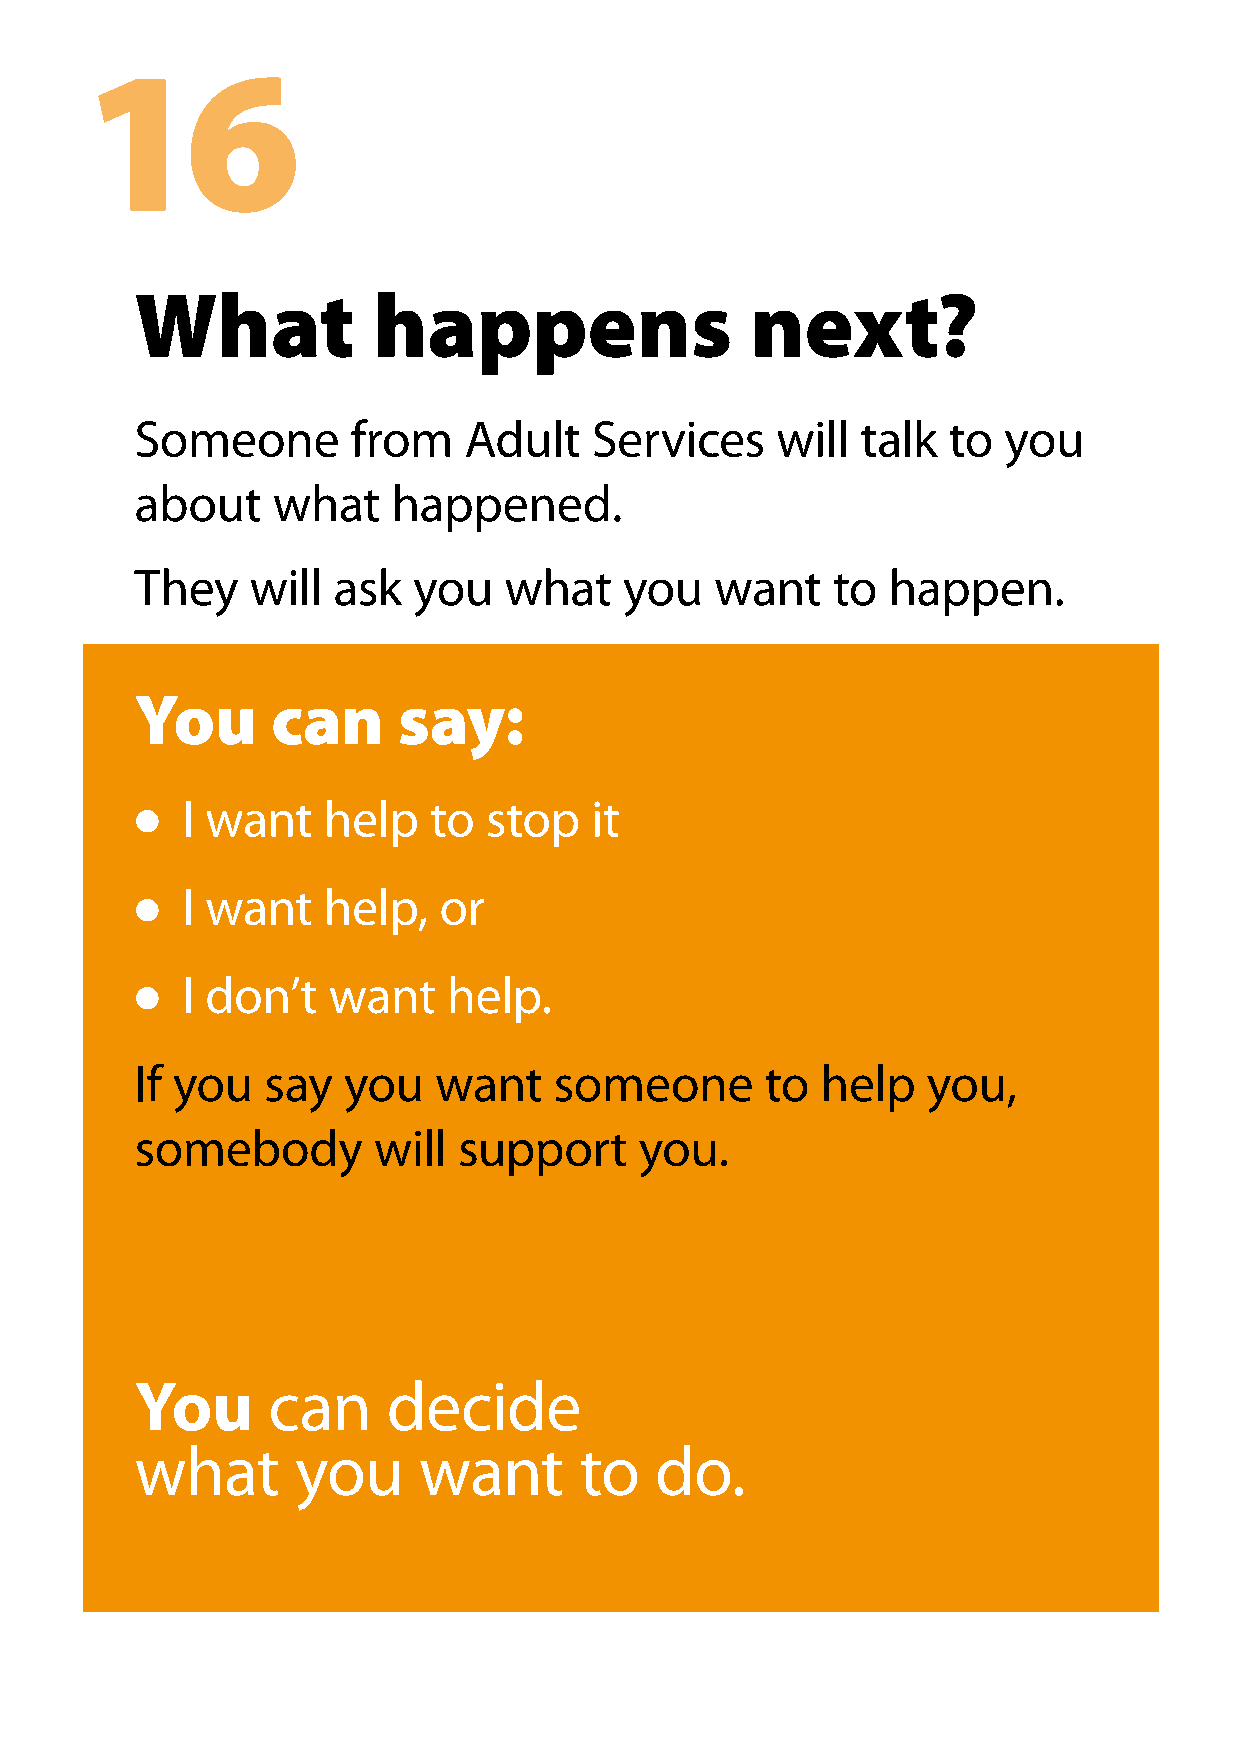
16
 What            happens                  next?
 Someone       from    Adult   Services    will  talk  to you
 about    what    happened.
 They    will ask  you   what    you   want    to  happen.
 You      can     say:
 I want   help   to  stop   it
 l
 I want   help,   or
 l
 I don’t   want    help.
 l
 If you  say   you   want    someone       to help   you,
 somebody        will support     you.
 You      can     decide
 what       you     want      to   do.